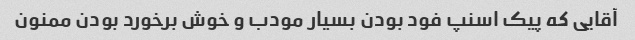
آقایی که پیک اسنپ فود بودن بسیار مودب و خوش برخورد بودن ممنون